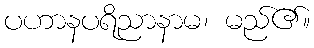
ပဟာနပရိညာနာမ၊ မည်၏။